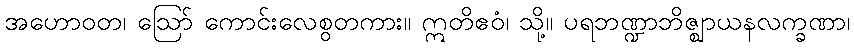
အဟောဝတ၊ ဩော် ကောင်းလေစွတကား။ ဣတိဧဝံ၊ သို့။ ပရဘဏ္ဍာဘိဇ္ဈာယနလက္ခဏာ၊